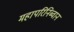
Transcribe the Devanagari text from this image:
महापरिनिब्वान